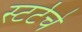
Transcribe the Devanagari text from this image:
स्टर्टचे